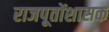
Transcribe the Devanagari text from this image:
राजपूतोंशासक